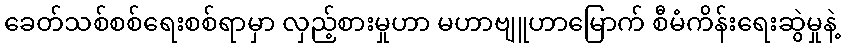
ခေတ်သစ်စစ်ရေးစစ်ရာမှာ လှည့်စားမှုဟာ မဟာဗျူဟာမြောက် စီမံကိန်းရေးဆွဲမှုနဲ့